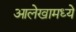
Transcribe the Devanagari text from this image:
आलेखामध्ये